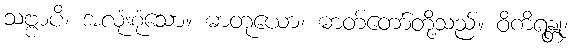
သဗ္ဗာပိ၊ အလုံးစုံသော။ ဓာတုယော၊ ဓာတ်တော်တို့သည်။ ဝိကိရန္တု၊